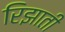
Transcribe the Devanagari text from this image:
रिझाती